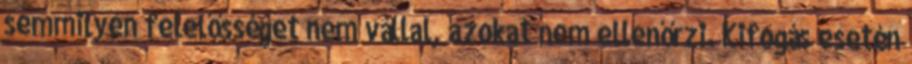
semmilyen felelősséget nem vállal, azokat nem ellenőrzi. Kifogás esetén